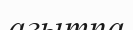
агытпа